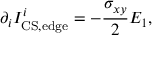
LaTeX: \partial _ { i } I _ { \mathrm { C S , e d g e } } ^ { i } = - { \frac { \sigma _ { x y } } { 2 } } E _ { 1 } ,